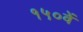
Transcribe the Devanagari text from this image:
१५०वें